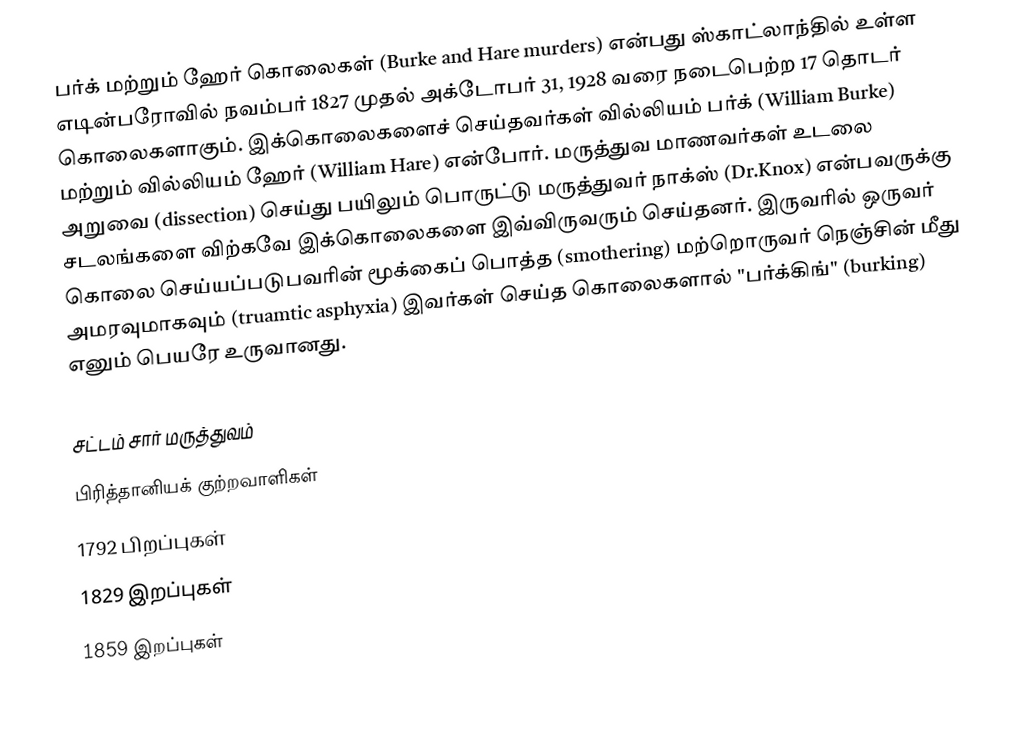
பர்க் மற்றும் ஹேர் கொலைகள் (Burke and Hare murders) என்பது ஸ்காட்லாந்தில் உள்ள எடின்பரோவில் நவம்பர் 1827 முதல் அக்டோபர் 31, 1928 வரை நடைபெற்ற 17 தொடர் கொலைகளாகும். இக்கொலைகளைச் செய்தவர்கள் வில்லியம் பர்க் (William Burke) மற்றும் வில்லியம் ஹேர் (William Hare) என்போர். மருத்துவ மாணவர்கள் உடலை அறுவை (dissection) செய்து பயிலும் பொருட்டு மருத்துவர் நாக்ஸ் (Dr.Knox) என்பவருக்கு சடலங்களை விற்கவே இக்கொலைகளை இவ்விருவரும் செய்தனர். இருவரில் ஒருவர் கொலை செய்யப்படுபவரின் மூக்கைப் பொத்த (smothering) மற்றொருவர் நெஞ்சின் மீது அமரவுமாகவும் (truamtic asphyxia) இவர்கள் செய்த கொலைகளால் "பர்க்கிங்" (burking) எனும் பெயரே உருவானது.

சட்டம் சார் மருத்துவம்
பிரித்தானியக் குற்றவாளிகள்
1792 பிறப்புகள்
1829 இறப்புகள்
1859 இறப்புகள்